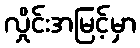
လှိုင်းအမြင့်မှာ